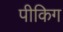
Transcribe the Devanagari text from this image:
पीकिग